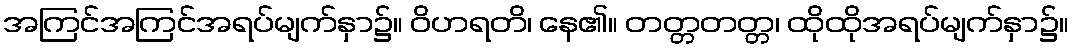
အကြင်အကြင်အရပ်မျက်နှာ၌။ ဝိဟရတိ၊ နေ၏။ တတ္တတတ္တ၊ ထိုထိုအရပ်မျက်နှာ၌။